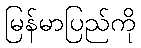
မြန်မာပြည်ကို